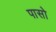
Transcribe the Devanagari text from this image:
पासो